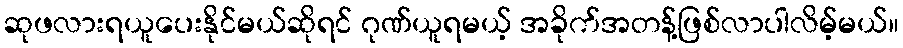
ဆုဖလားရယူပေးနိုင်မယ်ဆိုရင် ဂုဏ်ယူရမယ့် အခိုက်အတန့်ဖြစ်လာပါလိမ့်မယ်။